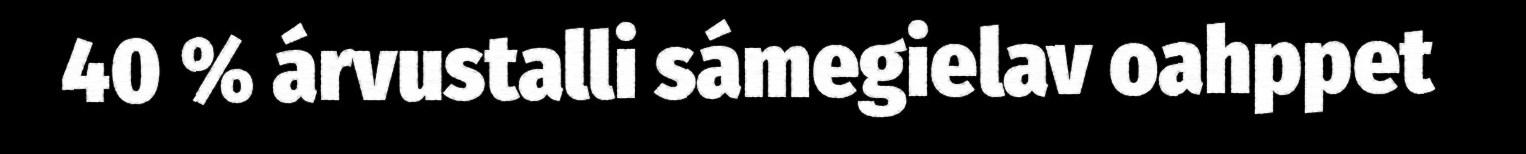
40 % árvustalli sámegielav oahppet